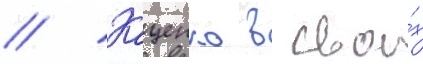
// Кащенко в свои́х